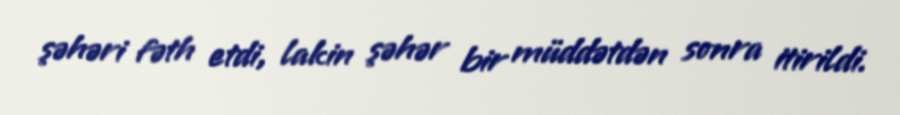
şəhəri fəth etdi, lakin şəhər bir müddətdən sonra itirildi.